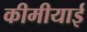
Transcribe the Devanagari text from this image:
कीमीयाई